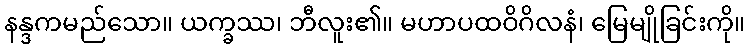
နန္ဒကမည်သော။ ယက္ခဿ၊ ဘီလူး၏။ မဟာပထဝိဂိလနံ၊ မြေမျိုခြင်းကို။